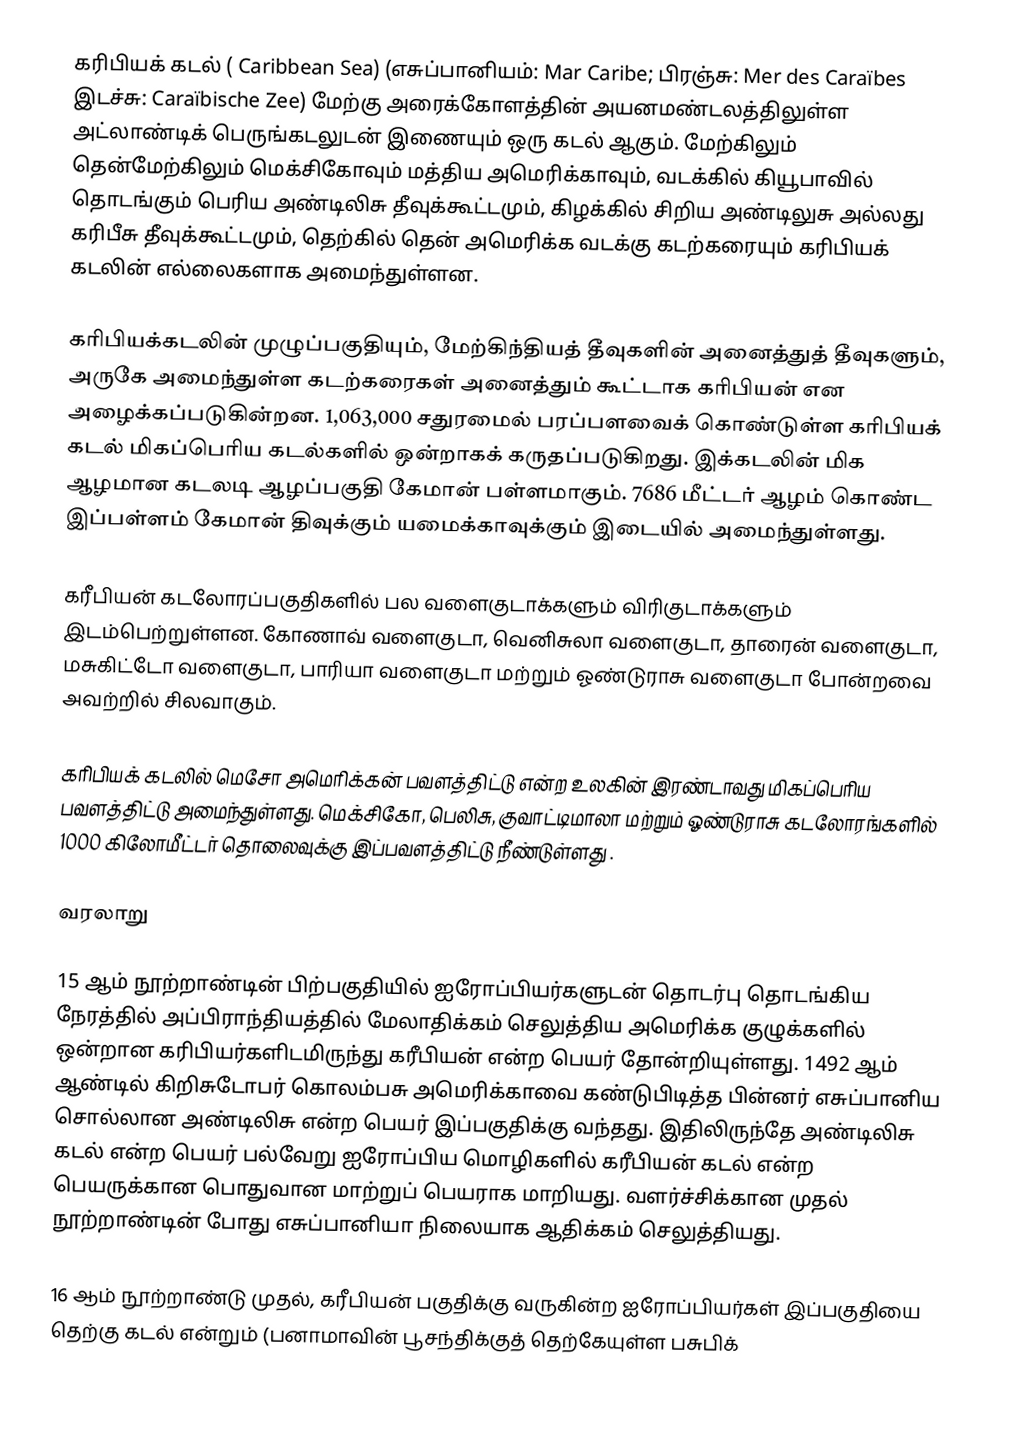
கரிபியக் கடல் ( Caribbean Sea) (எசுப்பானியம்: Mar Caribe; பிரஞ்சு: Mer des Caraïbes இடச்சு: Caraïbische Zee) மேற்கு அரைக்கோளத்தின் அயனமண்டலத்திலுள்ள அட்லாண்டிக் பெருங்கடலுடன்  இணையும் ஒரு கடல் ஆகும். மேற்கிலும் தென்மேற்கிலும் மெக்சிகோவும் மத்திய அமெரிக்காவும், வடக்கில் கியூபாவில் தொடங்கும் பெரிய அண்டிலிசு தீவுக்கூட்டமும், கிழக்கில் சிறிய அண்டிலுசு அல்லது கரிபீசு தீவுக்கூட்டமும், தெற்கில் தென் அமெரிக்க வடக்கு கடற்கரையும் கரிபியக் கடலின் எல்லைகளாக அமைந்துள்ளன.

கரிபியக்கடலின் முழுப்பகுதியும், மேற்கிந்தியத் தீவுகளின் அனைத்துத் தீவுகளும், அருகே அமைந்துள்ள கடற்கரைகள் அனைத்தும் கூட்டாக கரிபியன் என அழைக்கப்படுகின்றன. 1,063,000 சதுரமைல் பரப்பளவைக் கொண்டுள்ள கரிபியக் கடல் மிகப்பெரிய கடல்களில் ஒன்றாகக் கருதப்படுகிறது. இக்கடலின் மிக ஆழமான கடலடி ஆழப்பகுதி கேமான் பள்ளமாகும். 7686 மீட்டர் ஆழம் கொண்ட இப்பள்ளம் கேமான் திவுக்கும் யமைக்காவுக்கும் இடையில் அமைந்துள்ளது.

கரீபியன் கடலோரப்பகுதிகளில் பல வளைகுடாக்களும் விரிகுடாக்களும் இடம்பெற்றுள்ளன. கோணாவ் வளைகுடா, வெனிசுலா வளைகுடா, தாரைன் வளைகுடா, மசுகிட்டோ வளைகுடா, பாரியா வளைகுடா மற்றும் ஓண்டுராசு வளைகுடா போன்றவை அவற்றில் சிலவாகும்.

கரிபியக் கடலில் மெசோ அமெரிக்கன் பவளத்திட்டு என்ற உலகின் இரண்டாவது மிகப்பெரிய பவளத்திட்டு அமைந்துள்ளது. மெக்சிகோ, பெலிசு, குவாட்டிமாலா மற்றும் ஓண்டுராசு கடலோரங்களில் 1000 கிலோமீட்டர் தொலைவுக்கு இப்பவளத்திட்டு நீண்டுள்ளது .

வரலாறு

15 ஆம் நூற்றாண்டின் பிற்பகுதியில் ஐரோப்பியர்களுடன் தொடர்பு தொடங்கிய நேரத்தில் அப்பிராந்தியத்தில் மேலாதிக்கம் செலுத்திய   அமெரிக்க குழுக்களில் ஒன்றான கரிபியர்களிடமிருந்து கரீபியன் என்ற பெயர் தோன்றியுள்ளது. 1492 ஆம் ஆண்டில் கிறிசுடோபர் கொலம்பசு அமெரிக்காவை கண்டுபிடித்த பின்னர் எசுப்பானிய சொல்லான அண்டிலிசு என்ற பெயர் இப்பகுதிக்கு வந்தது. இதிலிருந்தே அண்டிலிசு கடல் என்ற பெயர் பல்வேறு ஐரோப்பிய மொழிகளில் கரீபியன் கடல் என்ற பெயருக்கான பொதுவான மாற்றுப் பெயராக மாறியது. வளர்ச்சிக்கான முதல் நூற்றாண்டின் போது எசுப்பானியா நிலையாக ஆதிக்கம் செலுத்தியது.

16 ஆம் நூற்றாண்டு முதல், கரீபியன் பகுதிக்கு வருகின்ற ஐரோப்பியர்கள் இப்பகுதியை தெற்கு கடல் என்றும் (பனாமாவின் பூசந்திக்குத் தெற்கேயுள்ள பசுபிக்